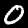
Label: 0